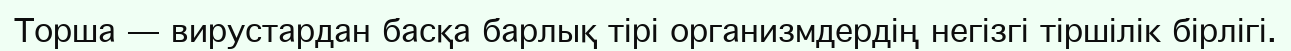
Торша — вирустардан басқа барлық тірі организмдердің негізгі тіршілік бірлігі.